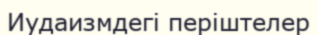
Иудаизмдегі періштелер